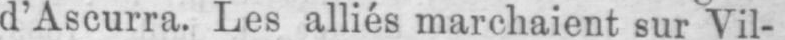
d’Ascurra. Les alliés marchaient sur Vil-